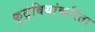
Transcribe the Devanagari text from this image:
कुटुंबियांकरिता